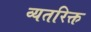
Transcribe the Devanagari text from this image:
व्यतरिक्त